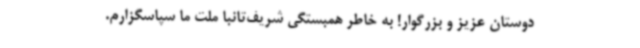
دوستان عزیز و بزرگوار! به خاطر همبستگی شریف‌تانبا ملت ما سپاسگزارم.